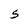
Character: S